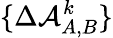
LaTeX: \{ \Delta\mathcal{A}_{A,B}^{k}\}